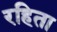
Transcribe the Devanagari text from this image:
रहिता